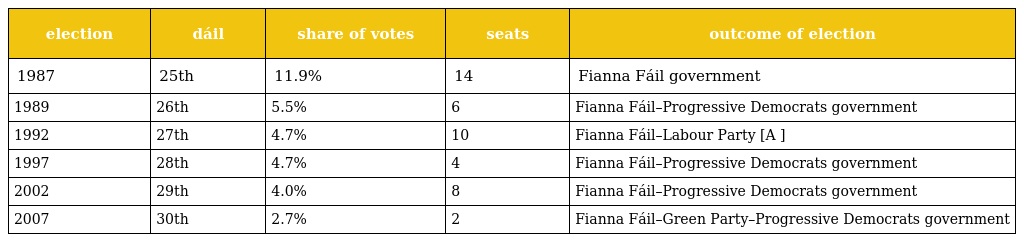
| election | dáil | share of votes | seats | outcome of election |
 | --- | --- | --- | --- | --- |
 | 1987 | 25th | 11.9% | 14 | Fianna Fáil government |
 | 1989 | 26th | 5.5% | 6 | Fianna Fáil–Progressive Democrats government |
 | 1992 | 27th | 4.7% | 10 | Fianna Fáil–Labour Party [A ] |
 | 1997 | 28th | 4.7% | 4 | Fianna Fáil–Progressive Democrats government |
 | 2002 | 29th | 4.0% | 8 | Fianna Fáil–Progressive Democrats government |
 | 2007 | 30th | 2.7% | 2 | Fianna Fáil–Green Party–Progressive Democrats government |